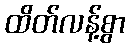
ထိတ်လန့်စွာ